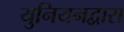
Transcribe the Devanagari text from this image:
युनियनद्वारा